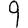
Digit: 9